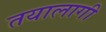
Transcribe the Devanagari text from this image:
तयालागी